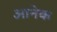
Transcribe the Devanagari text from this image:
आनेक